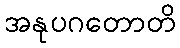
အနုပဂတောတိ